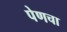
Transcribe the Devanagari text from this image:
पेणचा